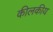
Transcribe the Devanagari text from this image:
कीलकीय